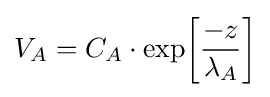
V_{A}=C_{A}\cdot \exp \!\left[{-z \over \lambda _{A}}\right]